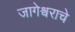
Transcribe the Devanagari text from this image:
जागेश्वराचे